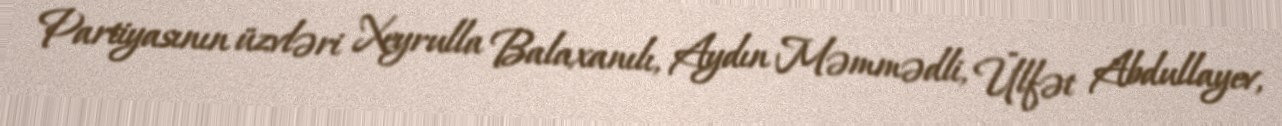
Partiyasının üzvləri Xeyrulla Balaxanılı, Aydın Məmmədli, Ülfət Abdullayev,